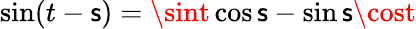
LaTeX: \sin(t-\mathsf{s})=\sint\cos\mathsf{s}-\sin\mathsf{s}\cost